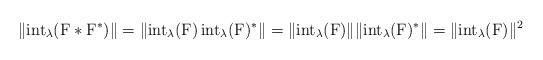
LaTeX: \begin{align*}\|\mathrm{int}_\lambda(\mathrm{F}\ast\mathrm{F}^\ast)\|=\|\mathrm{int}_\lambda(\mathrm{F})\,\mathrm{int}_\lambda(\mathrm{F})^\ast\|=\|\mathrm{int}_\lambda(\mathrm{F})\|\|\mathrm{int}_\lambda(\mathrm{F})^\ast\|=\|\mathrm{int}_\lambda(\mathrm{F})\|^2\end{align*}